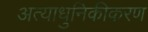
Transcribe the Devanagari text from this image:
अत्याधुनिकीकरण